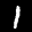
Label: 1